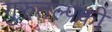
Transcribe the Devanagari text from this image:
गुरुतल्पकी